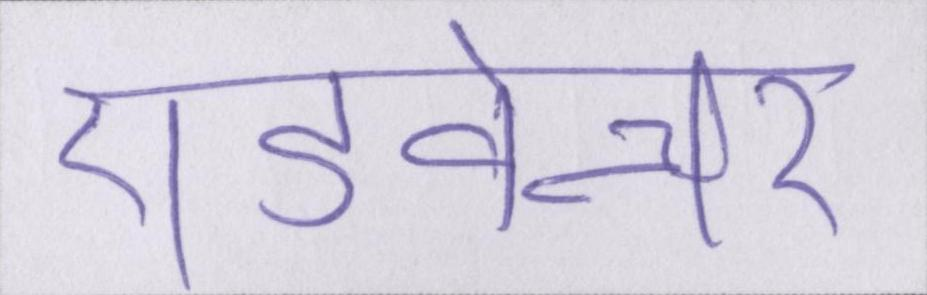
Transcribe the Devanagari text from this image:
एडवेन्चर